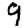
Digit: 9